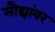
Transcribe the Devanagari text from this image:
सौद्यांवर